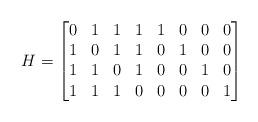
LaTeX: \begin{align*}H = \begin{bmatrix}0 & 1 & 1 & 1 & 1 & 0 & 0 & 0\\1 & 0 & 1 & 1 & 0 & 1 & 0 & 0\\1 & 1 & 0 & 1 & 0 & 0 & 1 & 0\\1 & 1 & 1 & 0 & 0 & 0 & 0 & 1\end{bmatrix}\end{align*}